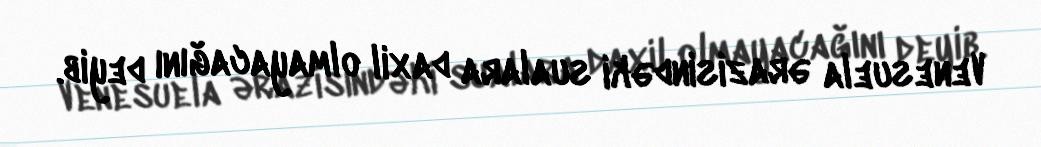
Venesuela ərazisindəki sualara daxil olmayacağını deyib.